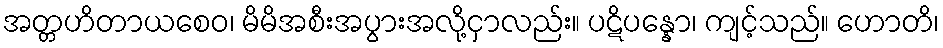
အတ္တဟိတာယစေဝ၊ မိမိအစီးအပွားအလို့ငှာလည်း။ ပဋိပန္နော၊ ကျင့်သည်။ ဟောတိ၊